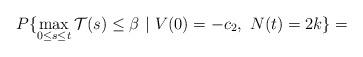
LaTeX: \begin{align*}P\{\max_{0\le s\le t}\mathcal{T}(s)\le \beta\ |\ V(0) = -c_2,\ N(t) = 2k\} = \end{align*}